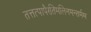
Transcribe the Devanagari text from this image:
तत्तत्पापैरतिमलिनमन्तर्मम